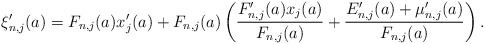
\begin{align*}\xi'_{n,j}(a)=F_{n,j}(a)x'_{j}(a)+F_{n,j}(a)\left(\frac{F'_{n,j}(a)x_{j}(a)}{F_{n,j}(a)}+\frac{E'_{n,j}(a)+\mu'_{n,j}(a)}{F_{n,j}(a)}\right).\end{align*}